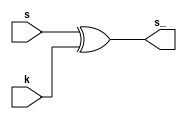
// 
// Designer: P76111783
//
module AddRoundKey(
    input [127:0] s,
    input [127:0] k,
    output [127:0] s_
    );

assign s_ = s ^ k;
endmodule